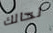
لحالك